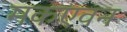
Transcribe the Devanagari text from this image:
मकएवन